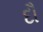
દૌ